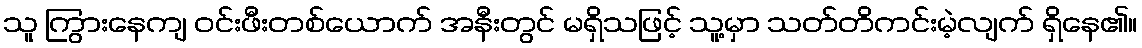
သူ ကြွားနေကျ ဝင်းဖီးတစ်ယောက် အနီးတွင် မရှိသဖြင့် သူ့မှာ သတ်တိကင်းမဲ့လျက် ရှိနေ၏။